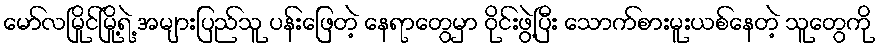
မော်လမြိုင်မြို့ရဲ့ အများပြည်သူ ပန်းဖြေတဲ့ နေရာတွေမှာ ဝိုင်းဖွဲ့ပြီး သောက်စားမူးယစ်နေတဲ့ သူတွေကို